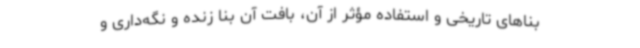
بناهای تاریخی و استفاده مؤثر از آن، بافت آن بنا زنده و نگه‌داری و